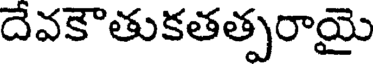
దేవకౌతుకతత్పరాయై